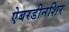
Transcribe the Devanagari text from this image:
ऐबरडीनशिर